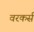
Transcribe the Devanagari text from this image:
वरकर्स